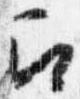
召